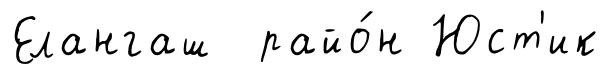
Елангаш райо́н Юст'ик